Vaccination in the Punjab 1883-1896 - 1883-1896
Year: 1883
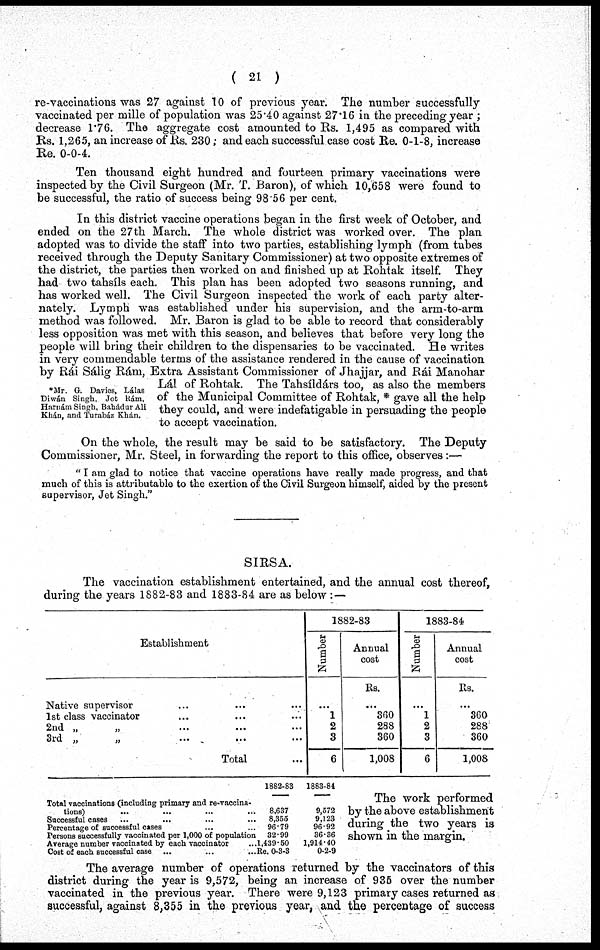
( 21 )
re-vaccinations was 27 against 10 of previous year. The number successfully
vaccinated per mille of population was 25.40 against 27.16 in the preceding year ;
decrease 1.76. The aggregate cost amounted to Rs. 1,495 as compared with
Rs. 1,265, an increase of Rs. 230; and each successful case cost Re. 0-1-8, increase
Re. 0-0-4.
Ten thousand eight hundred and fourteen primary vaccinations were
inspected by the Civil Surgeon (Mr. T. Baron), of which 10,658 were found to
be successful, the ratio of success being 98.56 per cent.
*Mr. G. Davics, Lálas
Diwán Singh, Jot Hám,
Haruám Singh. Bahádur Ali
Khán, and Turabáz Khàn.
In this district vaccine operations began in the first week of October, and
ended on the 27th March. The whole district was worked over. The plan
adopted was to divide the staff into two parties, establishing lymph (from tubes
received through the Deputy Sanitary Commissioner) at two opposite extremes of
the district, the parties then worked on and finished up at Rohtak itself. They
had two tahsíls each. This plan has been adopted two seasons running, and
has worked well. The Civil Surgeon inspected the work of each party alter-
nately. Lymph was established under his supervision, and the arm-to-arm
method was followed. Mr. Baron is glad to be able to record that considerably
less opposition was met with this season, and believes that before very long the
people will bring their children to the dispensaries to be vaccinated. He writes
in very commendable terms of the assistance rendered in the cause of vaccination
by Rái Sálig Rám, Extra Assistant Commissioner of Jhajjar, and Rái Manohar
Lál of Rohtak. The Tahsíldárs too, as also the members
of the Municipal Committee of Rohtak, * gave all the help
they could, and were indefatigable in persuading the people
to accept vaccination.
On the whole, the result may be said to be satisfactory. The Deputy
Commissioner, Mr. Steel, in forwarding the report to this office, observes :—
" I am glad to notice that vaccine operations have really made progress, and that
much of this is attributable to the exertion of the Civil Surgeon himself, aided by the present
supervisor, Jet Singh."
SIRSA.
The vaccination establishment entertained, and the annual cost thereof,
during the years 1882-83 and 1883-84 are as below : —
Establishment
Native supervisor ... ... ...
1st class vaccinator ... ... ...
2nd „ ... ... ...
3rd „ ... ... ...
Total ...
1882-83
Number
...
1
2
3
6
Annual
cost
Rs.
...
360
288
360
1,008
1883-84
Number
...
1
2
3
6
Annual
cost
Rs.
...
360
288
360
1,008
Total vaccinations (including primary and re-vaccina-
tions) ... ... ... ...
Successful cases ... ... ... ...
Percentage of successful cases ... ...
Persons successfully vaccinated per 1,000 of population
Average number vaccinated by each vaccinator ...
Cost of each successful case ... ... ...
1882-83
8,637
8,355
96.79
32.99
1,439.50
Re. 0-3-3
1883-84
9,572
9,123
96.92
36.36
1,914.40
0-2-9
The work performed
by the above establishment
during the two years is
shown in the margin.
The average number of operations returned by the vaccinators of this
district during the year is 9,572, being an increase of 935 over the number
vaccinated in the previous year. There were 9,123 primary cases returned as
successful, against 8,355 in the previous year, and the percentage of success